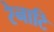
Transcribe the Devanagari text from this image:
रेनाटि